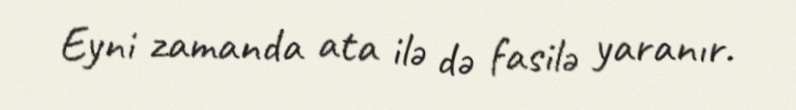
Eyni zamanda ata ilə də fasilə yaranır.